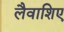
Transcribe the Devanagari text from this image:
लैवाशिए